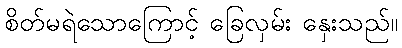
စိတ်မရဲသောကြောင့် ခြေလှမ်း နှေးသည်။